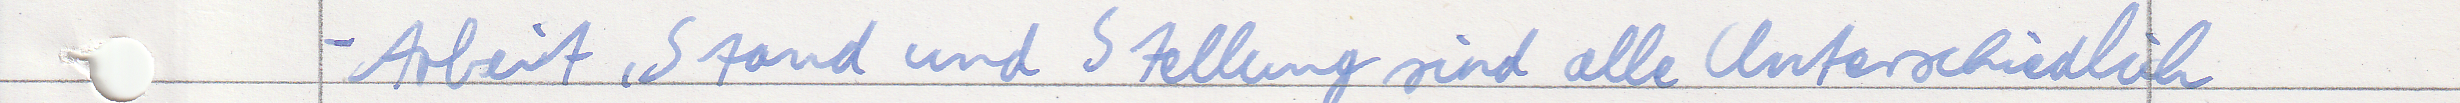
Arbeit, Stand und Stellung sind alle Unterschiedlich